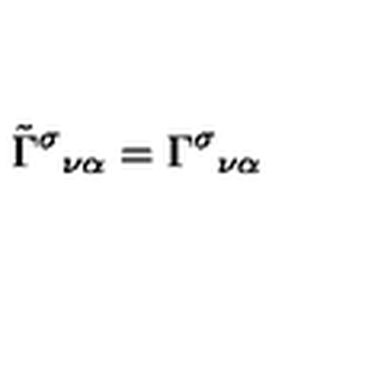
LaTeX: \tilde { \Gamma } ^ { \sigma } { } _ { \nu \alpha } = \Gamma ^ { \sigma } { } _ { \nu \alpha }